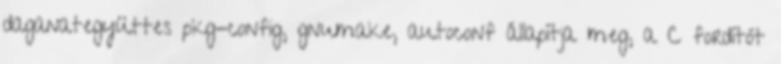
daganategyüttes pkg-config, gnumake, autoconf állapítja meg, a C fordítót